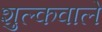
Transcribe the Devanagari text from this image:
शुल्कवाले